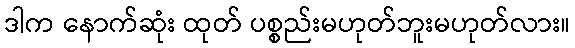
ဒါက နောက်ဆုံး ထုတ် ပစ္စည်းမဟုတ်ဘူးမဟုတ်လား။